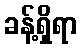
ခန့်ရှိရာ